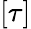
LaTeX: [\tau]